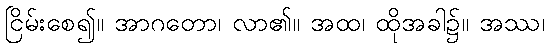
ငြိမ်းစေ၍။ အာဂတော၊ လာ၏။ အထ၊ ထိုအခါ၌။ အဿ၊